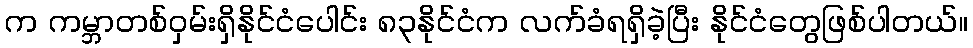
က ကမ္ဘာတစ်ဝှမ်းရှိနိုင်ငံပေါင်း ၈၃နိုင်ငံက လက်ခံရရှိခဲ့ပြီး နိုင်ငံတွေဖြစ်ပါတယ်။